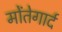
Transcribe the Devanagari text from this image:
मोंतेगार्द